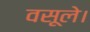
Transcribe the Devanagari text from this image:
वसूले।